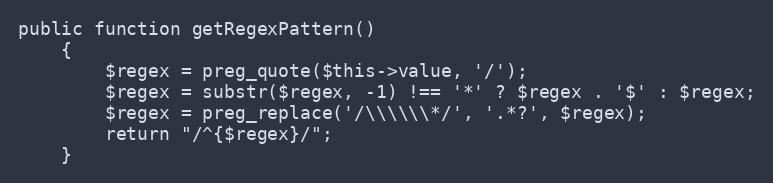
Language: PHP
public function getRegexPattern()
    {
        $regex = preg_quote($this->value, '/');
        $regex = substr($regex, -1) !== '*' ? $regex . '$' : $regex;
        $regex = preg_replace('/\\\\\\*/', '.*?', $regex);
        return "/^{$regex}/";
    }